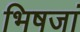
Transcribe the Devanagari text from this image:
भिषजां